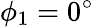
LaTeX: \phi_{1}=0^{\circ}